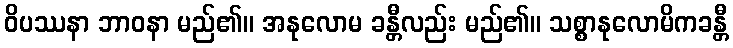
ဝိပဿနာ ဘာဝနာ မည်၏။ အနုလောမ ခန္တီလည်း မည်၏။ သစ္စာနုလောမိကခန္တီ